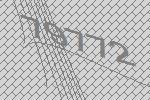
79772